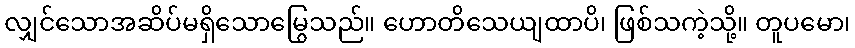
လျှင်သောအဆိပ်မရှိသောမြွေသည်။ ဟောတိသေယျထာပိ၊ ဖြစ်သကဲ့သို့။ တူပမော၊